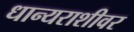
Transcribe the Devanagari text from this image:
धान्यराशीवर